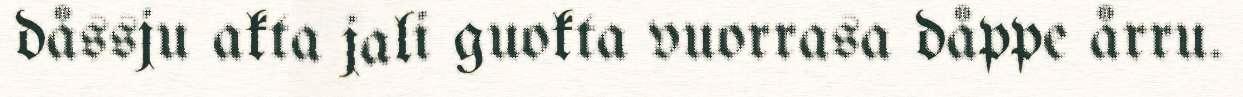
dåssju akta jali guokta vuorrasa dåppe årru.